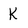
Character: K